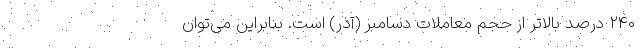
۲۴۰ درصد بالاتر از حجم معاملات دسامبر (آذر) است. بنابراین می‌توان